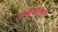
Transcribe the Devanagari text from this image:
अश्वचालन